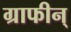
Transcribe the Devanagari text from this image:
ग्राफीन्